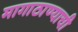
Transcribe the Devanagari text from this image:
मागाठाण्याची